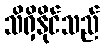
သိရှိနိုင်သည်